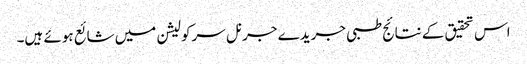
اس تحقیق کے نتائج طبی جریدے جرنل سرکولیشن میں شائع ہوئے ہیں۔